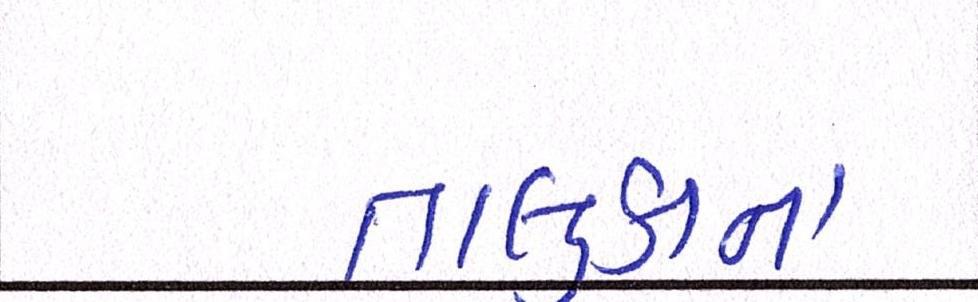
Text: તાલુકાના